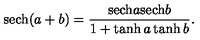
\mathrm { s e c h } ( a + b ) = \frac { \mathrm { s e c h } a \mathrm { s e c h } b } { 1 + \tanh a \tanh b } .